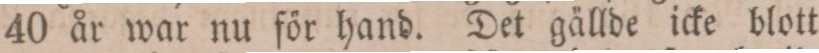
40 år war nu för hand. Det gällde icke blott